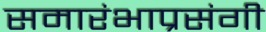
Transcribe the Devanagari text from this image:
समारंभाप्रसंगी